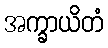
အက္ခာယိတံ